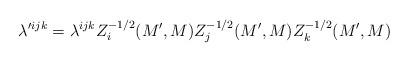
LaTeX: \begin{align*}\lambda'^{ijk} = \lambda^{ijk} Z_i^{-1/2}(M', M) Z_j^{-1/2}(M', M) Z_k^{-1/2}(M', M) \end{align*}